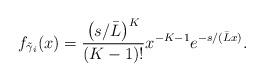
LaTeX: \begin{align*}f_{\tilde{\gamma}_i}(x) = \frac{\left(s/\bar{L}\right)^{K}}{(K-1)!} x^{-K-1} e^{-s/(\bar{L}x)}.\end{align*}